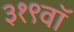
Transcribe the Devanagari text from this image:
३१९वॉ